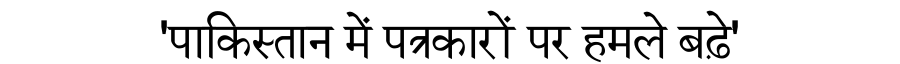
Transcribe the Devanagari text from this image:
'पाकिस्तान में पत्रकारों पर हमले बढ़े'